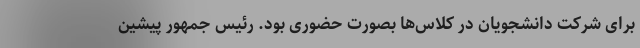
برای شرکت دانشجویان در کلاس‌ها بصورت حضوری بود. رئیس جمهور پیشین